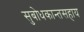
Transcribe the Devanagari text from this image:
सुबोधकान्तसहाय